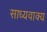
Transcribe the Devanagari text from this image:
साध्यवाक्य